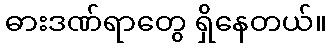
ဓားဒဏ်ရာတွေ ရှိနေတယ်။